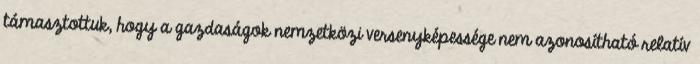
támasztottuk, hogy a gazdaságok nemzetközi versenyképessége nem azonosítható relatív